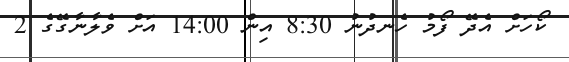
ކޯހަށް އެދޭ ފޯމު ހެނދުނު 8:30 އިން 14:00 އަށް ވެލާނާގޭގެ 2